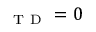
_ { \mathrm { ~ T ~ D ~ } } = 0